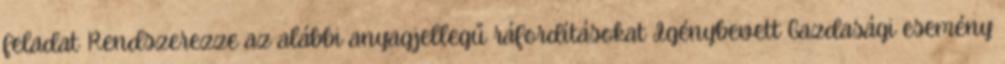
feladat Rendszerezze az alábbi anyagjellegű ráfordításokat Igénybevett Gazdasági esemény